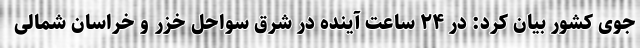
جوی کشور بیان کرد: در ۲۴ ساعت آینده در شرق سواحل خزر و خراسان شمالی